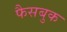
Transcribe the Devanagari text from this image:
फैसबुक